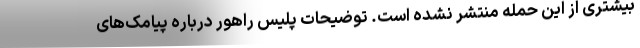
بیشتری از این حمله منتشر نشده است. توضیحات پلیس راهور درباره پیامک‌های